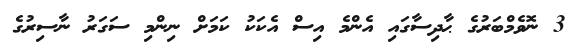
3 ނޮވެމްބަރުގެ ޙާދިސާގައި އެންމެ އިސް އެކަކު ކަމަށް ނިންމި ސަގަރު ނާސިރުގެ